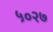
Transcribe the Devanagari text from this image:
५०२७